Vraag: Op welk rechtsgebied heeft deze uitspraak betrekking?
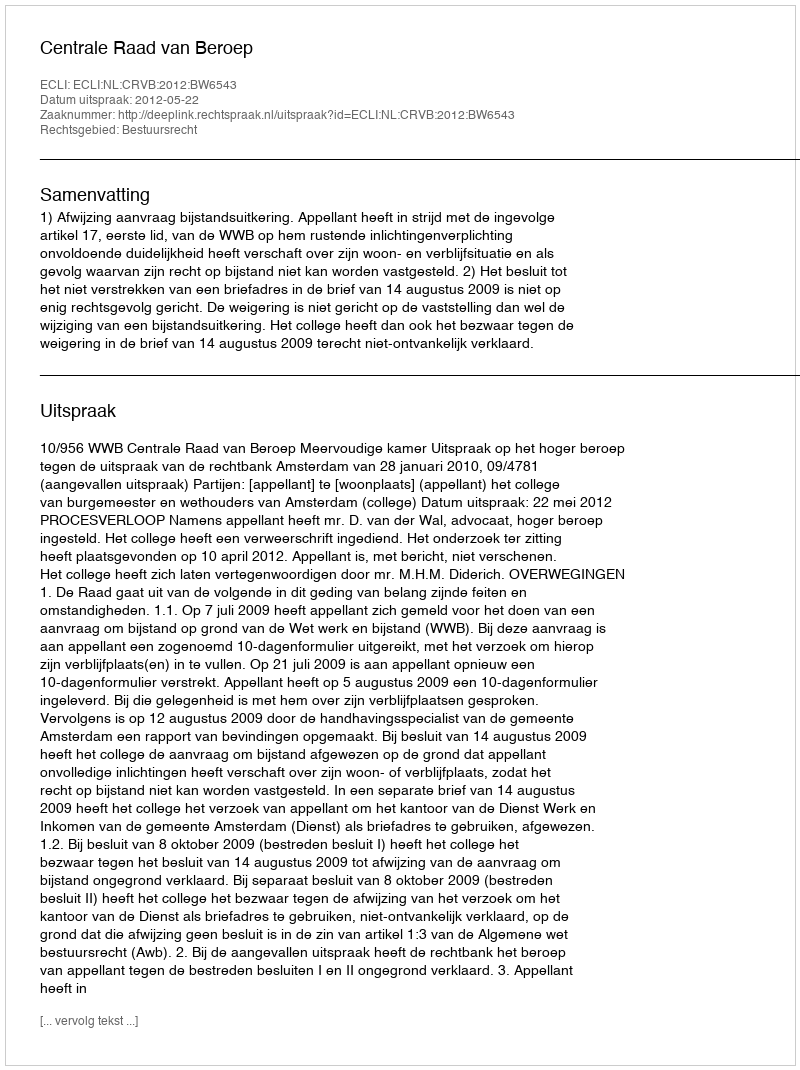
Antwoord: Bestuursrecht